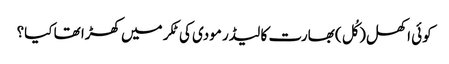
کوئی اکھل (کُل) بھارت کا لیڈر مودی کی ٹکر میں کھڑا تھا کیا؟